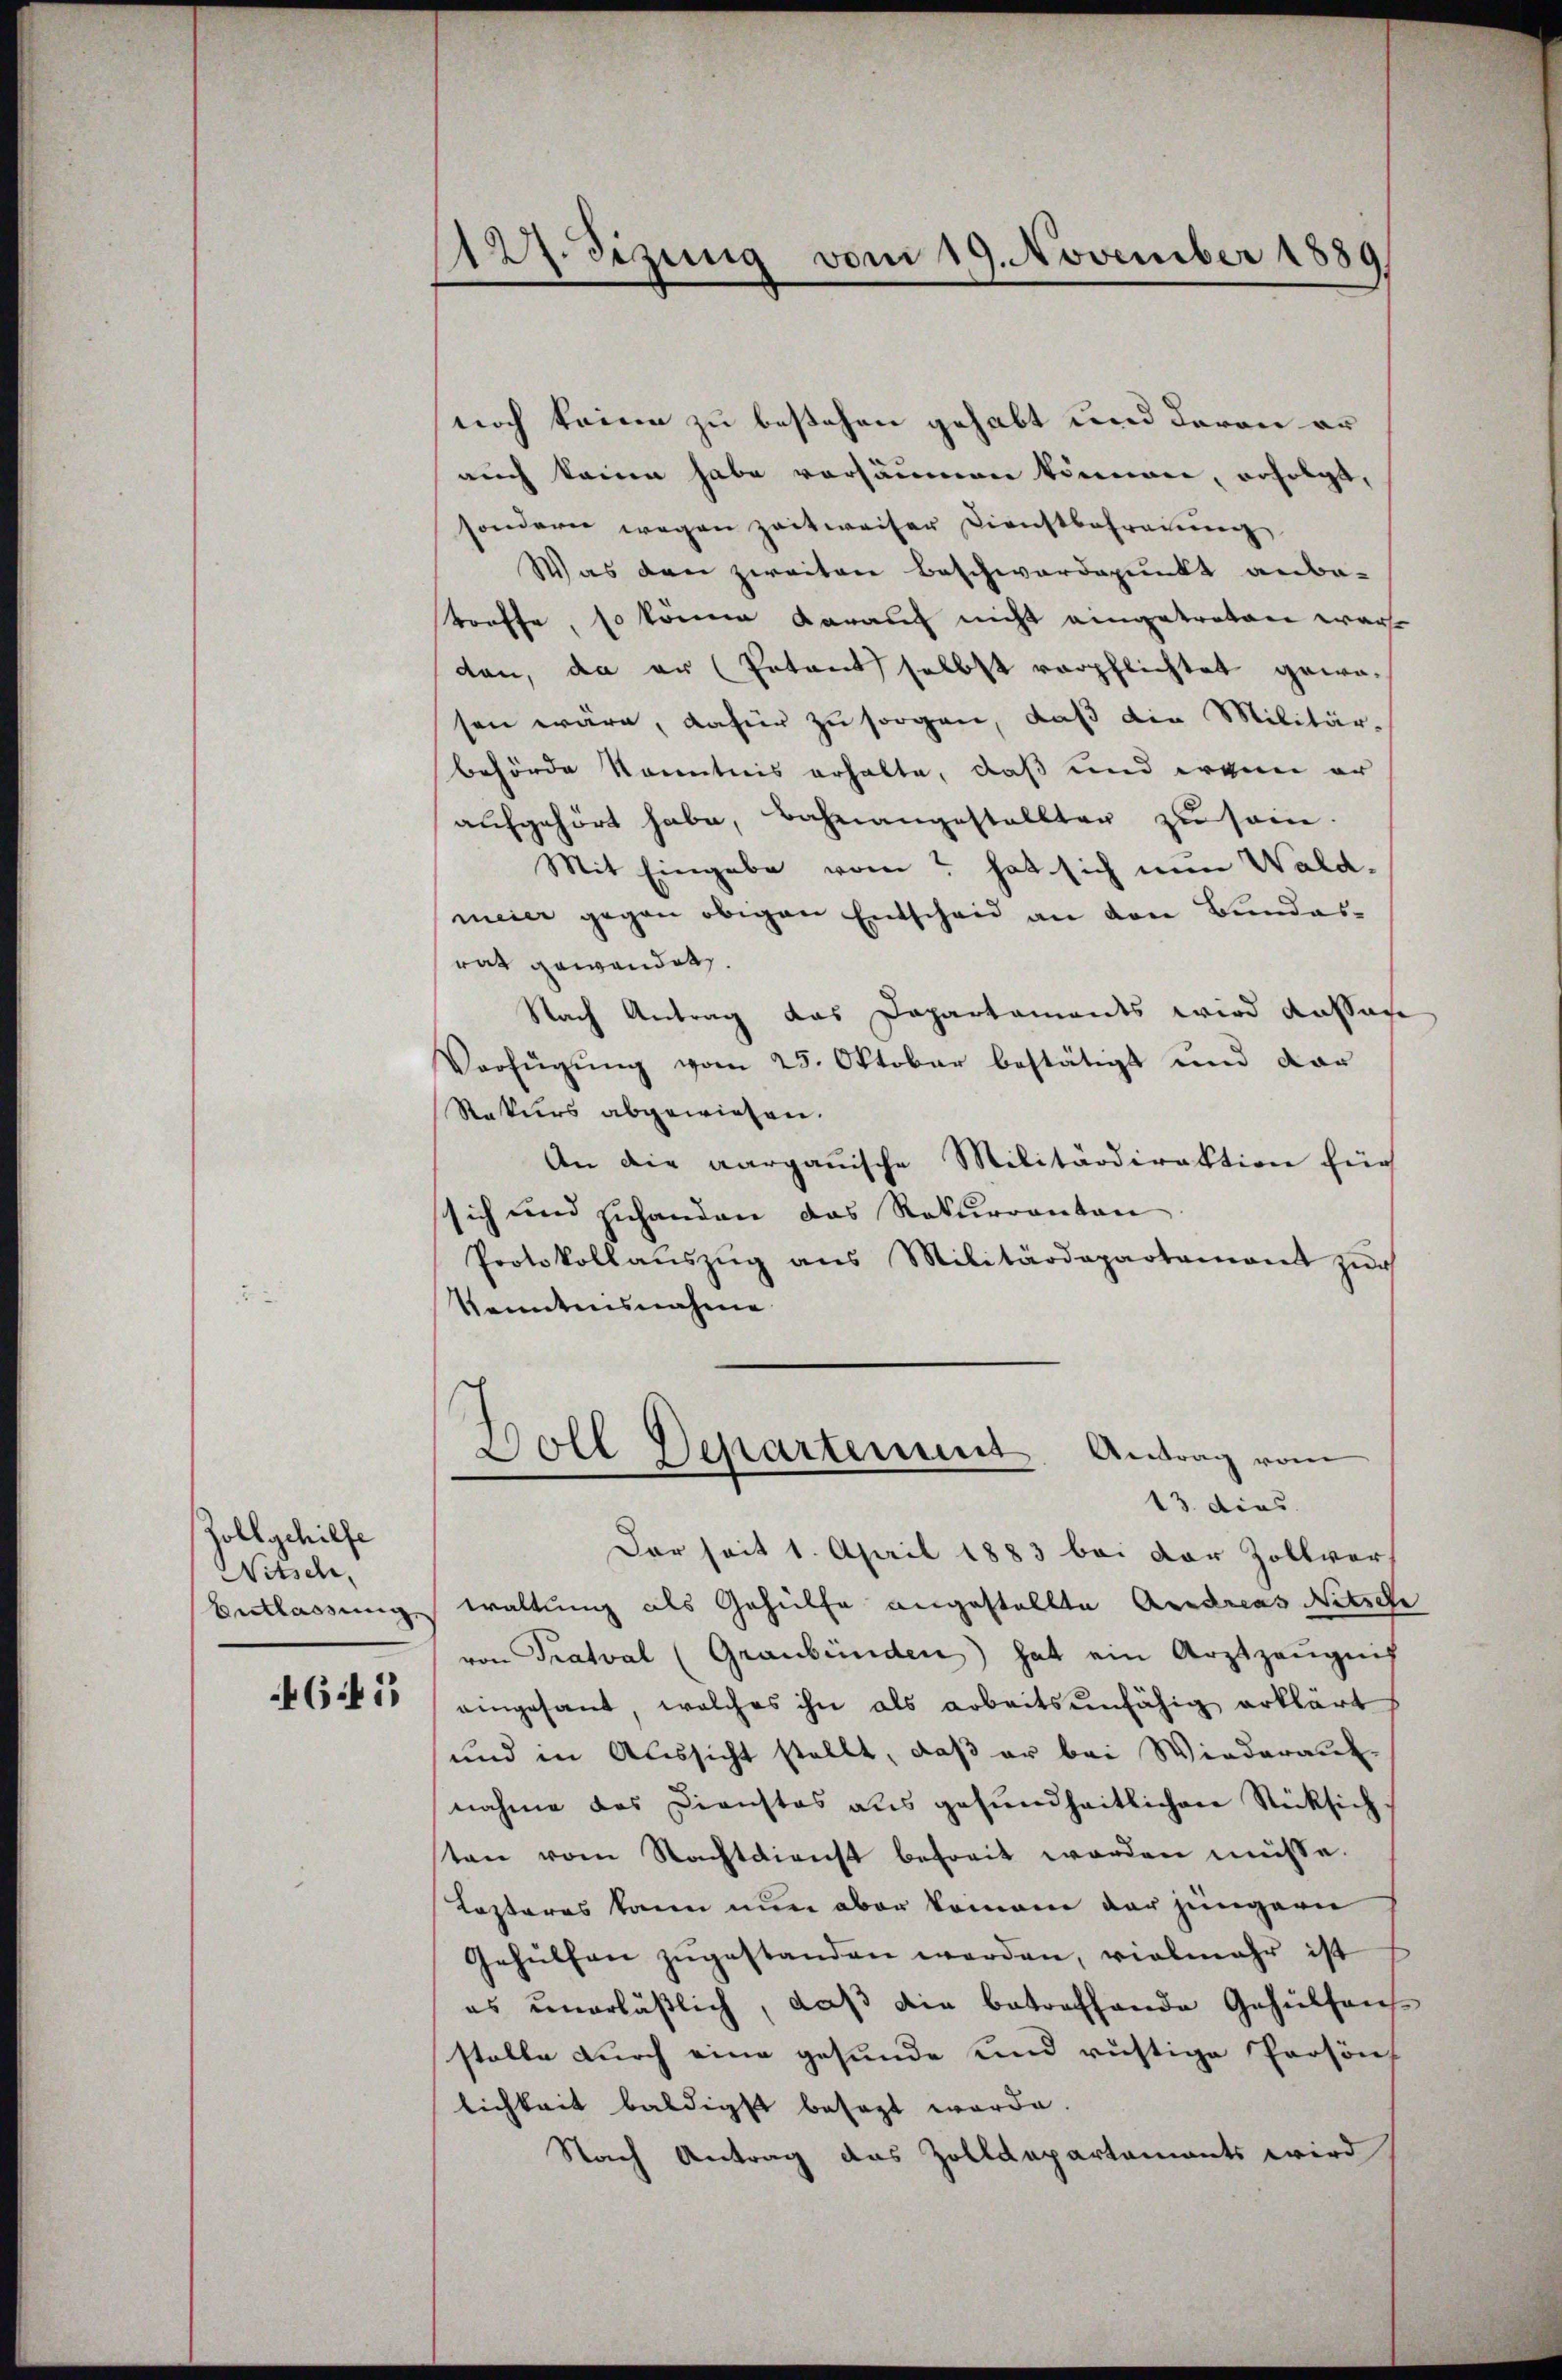
Zollgehilfe
Nitsch,
Entlassung
645

127. Sizung vom 19. November 1889

noch keine zu bestehen gehabt und davon er
auch keine habe vorsäumen können, erfolgt,
sondern wegen zeitweiser Dienstbefraueng
Was den zweiten Beschwärdepunkt anba-
troffe, so könne darauf nicht eingetreten war.
den, da er (Potant selbst verpflichtet gewosen wäre, dafür zu sorgen, daß die Militär-
behörde Kenntnis erhalte, daß und ergen er
aufgehört habe, Bahnangestellten zu sei.
Mit Eingabe vom hat sich nun Waldmeier gegen obigen Entschau an den Bundes-
rat gewendet.
Nach Antrag das Dapartaments wird Kassache
Verfŭgŭng vom 23. Oktober bestätigt und dar
Rekurs abgewiesen.
An die aargauische Militärdirektion für
sich und zuhanden das Rekurranton
Protokollaŭszŭg ans Militärdepartament zŭr
kenntnisnahme
Doll Departement. Antrag vom
13. dies
Der seit 1. April 1883 bei der Zollvers
waltung als Gehülfe angestellte Andreas Netzele
von Tratval (Graubünden) hat ein Arztzeŭgnis
eingesant, welches ihn als arbeitsunfähig erklärt
und in Aussicht stellt, daß er bei Wiederauf-
nahme das Dienstos aus gesundheitlichen Rücksich.
sten vom Nachtdienst befreit worden müsse.
Lezteres kann nun aber kommen der jüngern
Gehülfen zŭgestanden werden, vielmehr ist
es unerläßlich, daß die betreffende Gehülfens
stelle durch eine gesunde und rüstige Person
lichkeit baldigst besagt worde
Nach Antrag das Zolldepartaments wird

e